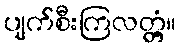
ပျက်စီးကြလတ္တံ့။